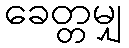
ခေတ္တမျှ